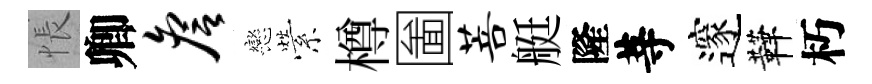
悵卿詹戀縈樽圗菩艇隆䓁邃鞾朽